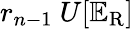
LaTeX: r_{n-1}~U[\mathbb{E}_{\mathrm{{R}}}]